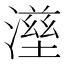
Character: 𤀟